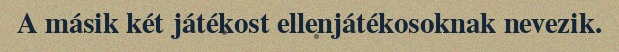
A másik két játékost ellenjátékosoknak nevezik.